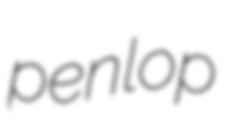
penlop